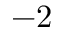
- 2